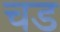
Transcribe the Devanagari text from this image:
चड